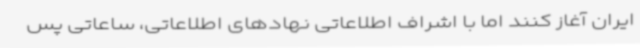
ایران آغاز کنند اما با اشراف اطلاعاتی نهادهای اطلاعاتی، ساعاتی پس